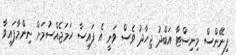
ފިނޭންސް މިނިސްޓާ އަބްދު ޖިހާދު ވެސް ވަނީ އެ ފައިސާ ހަމަޖެއްސުމަށް ނިންމާފައިވާ